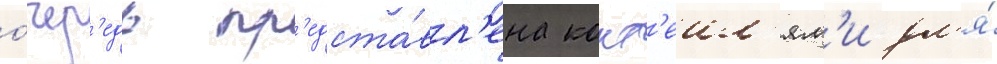
о́чер'едь пр'едста́вл'ена кокт'еил'ям'и дл'я́